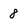
Character: 8